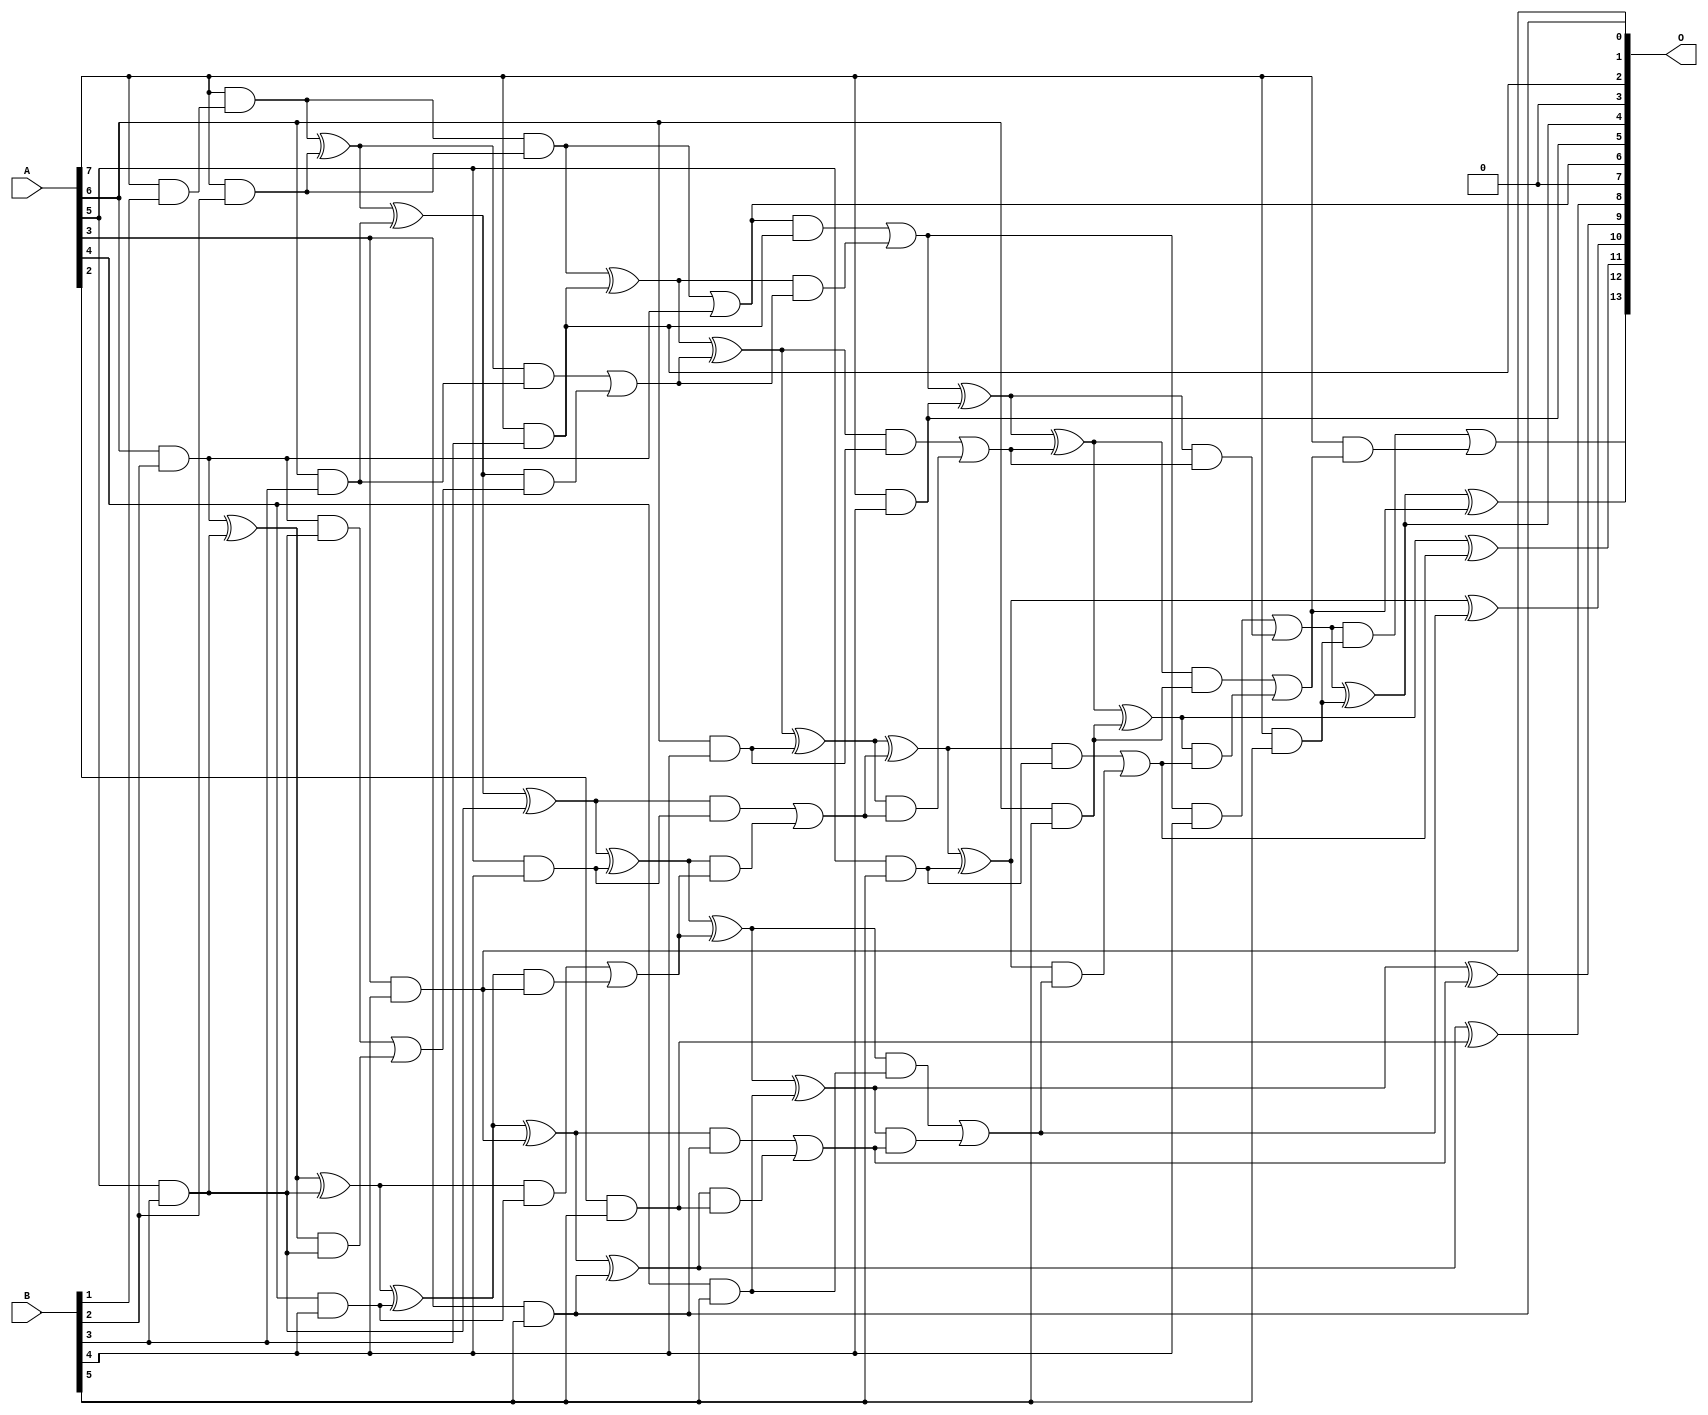
/***
* This code is a part of EvoApproxLib library (ehw.fit.vutbr.cz/approxlib) distributed under The MIT License.
* When used, please cite the following article(s): V. Mrazek, L. Sekanina, Z. Vasicek "Libraries of Approximate Circuits: Automated Design and Application in CNN Accelerators" IEEE Journal on Emerging and Selected Topics in Circuits and Systems, Vol 10, No 4, 2020 
* This file contains a circuit from a sub-set of pareto optimal circuits with respect to the pwr and wce parameters
***/
// MAE% = 0.96 %
// MAE = 157 
// WCE% = 3.88 %
// WCE = 635 
// WCRE% = 100.78 %
// EP% = 97.55 %
// MRE% = 15.15 %
// MSE = 38505 
// PDK45_PWR = 0.074 mW
// PDK45_AREA = 183.0 um2
// PDK45_DELAY = 0.71 ns

module mul8x6u_2HT (
    A,
    B,
    O
);

input [7:0] A;
input [5:0] B;
output [13:0] O;

wire sig_21,sig_61,sig_63,sig_70,sig_71,sig_99,sig_102,sig_104,sig_105,sig_108,sig_113,sig_114,sig_115,sig_116,sig_139,sig_140,sig_141,sig_142,sig_143,sig_144;
wire sig_145,sig_146,sig_147,sig_148,sig_149,sig_150,sig_151,sig_152,sig_153,sig_157,sig_158,sig_159,sig_160,sig_161,sig_179,sig_180,sig_181,sig_182,sig_183,sig_184;
wire sig_185,sig_186,sig_187,sig_188,sig_189,sig_190,sig_191,sig_192,sig_193,sig_194,sig_195,sig_196,sig_197,sig_198,sig_201,sig_202,sig_203,sig_204,sig_205,sig_206;
wire sig_219,sig_220,sig_221,sig_222,sig_223,sig_224,sig_225,sig_226,sig_227,sig_228,sig_229,sig_230,sig_231,sig_232,sig_233,sig_234,sig_235,sig_236,sig_237,sig_238;
wire sig_239,sig_240,sig_241,sig_242,sig_243;

assign sig_21 = A[7] & B[1];
assign sig_61 = A[7] & sig_21;
assign sig_63 = ~B[1];
assign sig_70 = A[6] & B[2];
assign sig_71 = A[7] & B[2];
assign sig_99 = ~(B[1] | sig_63);
assign sig_102 = sig_99 | sig_70;
assign sig_104 = sig_61 ^ sig_71;
assign sig_105 = sig_61 & sig_71;
assign sig_108 = sig_105 | sig_70;
assign sig_113 = A[5] & B[3];
assign sig_114 = A[5] & B[3];
assign sig_115 = A[6] & B[3];
assign sig_116 = A[7] & B[3];
assign sig_139 = sig_102 ^ sig_114;
assign sig_140 = sig_102 & sig_114;
assign sig_141 = sig_139 & sig_113;
assign sig_142 = sig_139 ^ sig_113;
assign sig_143 = sig_140 | sig_141;
assign sig_144 = sig_104 ^ sig_115;
assign sig_145 = sig_104 & sig_115;
assign sig_146 = sig_144 & sig_143;
assign sig_147 = sig_144 ^ sig_114;
assign sig_148 = sig_145 | sig_146;
assign sig_149 = sig_105 ^ sig_116;
assign sig_150 = sig_108 & sig_116;
assign sig_151 = sig_149 & sig_148;
assign sig_152 = sig_149 ^ sig_148;
assign sig_153 = sig_150 | sig_151;
assign sig_157 = A[3] & B[4];
assign sig_158 = A[4] & B[4];
assign sig_159 = A[5] & B[4];
assign sig_160 = A[6] & B[4];
assign sig_161 = A[7] & B[4];
assign sig_179 = sig_142 ^ sig_158;
assign sig_180 = sig_142 & sig_158;
assign sig_181 = sig_179 & sig_157;
assign sig_182 = sig_179 ^ sig_157;
assign sig_183 = sig_180 | sig_181;
assign sig_184 = sig_147 ^ sig_159;
assign sig_185 = sig_147 & sig_159;
assign sig_186 = sig_184 & sig_183;
assign sig_187 = sig_184 ^ sig_183;
assign sig_188 = sig_185 | sig_186;
assign sig_189 = sig_152 ^ sig_160;
assign sig_190 = sig_152 & sig_160;
assign sig_191 = sig_189 & sig_188;
assign sig_192 = sig_189 ^ sig_188;
assign sig_193 = sig_190 | sig_191;
assign sig_194 = sig_153 ^ sig_161;
assign sig_195 = sig_153 & B[4];
assign sig_196 = sig_194 & sig_193;
assign sig_197 = sig_194 ^ sig_193;
assign sig_198 = sig_195 | sig_196;
assign sig_201 = A[2] & B[5];
assign sig_202 = A[3] & B[5];
assign sig_203 = A[4] & B[5];
assign sig_204 = A[5] & B[5];
assign sig_205 = A[6] & B[5];
assign sig_206 = A[7] & B[5];
assign sig_219 = sig_182 ^ sig_202;
assign sig_220 = sig_182 & sig_202;
assign sig_221 = sig_219 & sig_201;
assign sig_222 = sig_219 ^ sig_201;
assign sig_223 = sig_220 | sig_221;
assign sig_224 = sig_187 ^ sig_203;
assign sig_225 = sig_187 & sig_203;
assign sig_226 = sig_224 & sig_223;
assign sig_227 = sig_224 ^ sig_223;
assign sig_228 = sig_225 | sig_226;
assign sig_229 = sig_192 ^ sig_204;
assign sig_230 = sig_192 & sig_204;
assign sig_231 = sig_229 & sig_228;
assign sig_232 = sig_229 ^ sig_228;
assign sig_233 = sig_230 | sig_231;
assign sig_234 = sig_197 ^ sig_205;
assign sig_235 = sig_197 & sig_205;
assign sig_236 = sig_234 & sig_233;
assign sig_237 = sig_234 ^ sig_233;
assign sig_238 = sig_235 | sig_236;
assign sig_239 = sig_198 ^ sig_206;
assign sig_240 = sig_198 & sig_206;
assign sig_241 = A[7] & sig_238;
assign sig_242 = sig_239 ^ sig_238;
assign sig_243 = sig_240 | sig_241;

assign O[13] = sig_243;
assign O[12] = sig_242;
assign O[11] = sig_237;
assign O[10] = sig_232;
assign O[9] = sig_227;
assign O[8] = sig_222;
assign O[7] = 1'b0;
assign O[6] = sig_108;
assign O[5] = sig_161;
assign O[4] = sig_239;
assign O[3] = 1'b0;
assign O[2] = sig_116;
assign O[1] = sig_202;
assign O[0] = sig_157;

endmodule